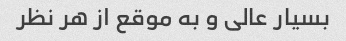
بسیار عالی و به موقع از هر نظر